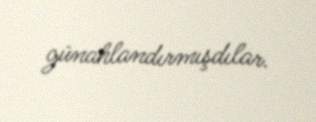
günahlandırmışdılar.